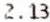
2.13